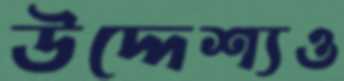
উদ্দেশ্যও